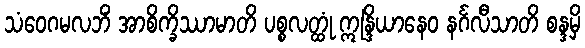
သံဝေဂမလဘိံ အာစိက္ခိဿာမာတိ ပစ္စလတ္ထုံ ဣန္ဒြိယာနေဝ နင်္ဂလီသာတိ စန္ဒမှိ